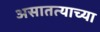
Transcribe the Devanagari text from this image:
असातत्याच्या